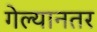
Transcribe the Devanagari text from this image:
गेल्यानतर